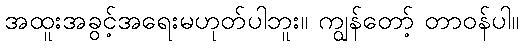
အထူးအခွင့်အရေးမဟုတ်ပါဘူး။ ကျွန်တော့် တာဝန်ပါ။